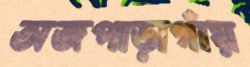
অজপাড়াগাঁয়